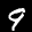
Label: 9